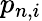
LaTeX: p_{n,i}